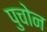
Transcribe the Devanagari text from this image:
पुचोन